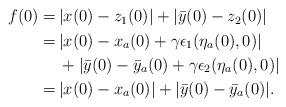
LaTeX: \begin{align*}\begin{aligned}f(0) =&\, |x(0)-z_1(0)|+ |\bar{y}(0)-z_2(0)|\\=& \, |x(0)-x_a(0)+\gamma \epsilon_1(\eta_a(0),0)|\\&\,+ |\bar{y}(0)-\bar{y}_a(0)+\gamma \epsilon_2(\eta_a(0),0)|\\=& \, |x(0)-x_a(0)|+ |\bar{y}(0)-\bar{y}_a(0)|.\end{aligned}\end{align*}